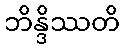
ဘိန္ဒိဿတိ